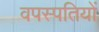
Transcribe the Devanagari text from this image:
वपस्पतियों